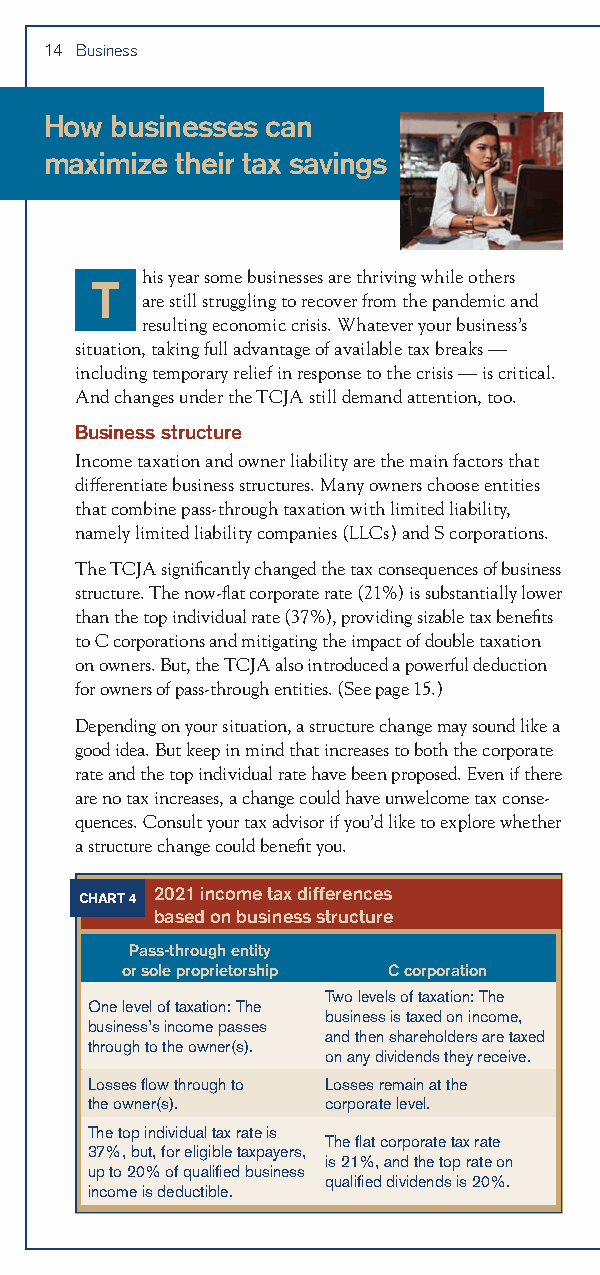
14 Business
 How businesses can
 maximize their tax savings
 his year some businesses are thriving while others
 T
 are still struggling to recover from the pandemic and
 resulting economic crisis. Whatever your business’s
 situation, taking full advantage of available tax breaks —
 including temporary relief in response to the crisis — is critical.
 And changes under the TCJA still demand attention, too.
 Business structure
 Income taxation and owner liability are the main factors that
 differentiate business structures. Many owners choose entities
 that combine pass-through taxation with limited liability,
 namely limited liability companies (LLCs) and S corporations.
 The TCJA significantly changed the tax consequences of business
 structure. The now-flat corporate rate (21%) is substantially lower
 than the top individual rate (37%), providing sizable tax benefits
 to C corporations and mitigating the impact of double taxation
 on owners. But, the TCJA also introduced a powerful deduction
 for owners of pass-through entities. (See page 15.)
 Depending on your situation, a structure change may sound like a
 good idea. But keep in mind that increases to both the corporate
 rate and the top individual rate have been proposed. Even if there
 are no tax increases, a change could have unwelcome tax conse-
 quences. Consult your tax advisor if you’d like to explore whether
 a structure change could benefit you.
 2021 income tax differences
 CHART 4
 based on business structure
 Pass-through entity
 or sole proprietorship C corporation
 Two levels of taxation: The
 One level of taxation: The
 business is taxed on income,
 business’s income passes
 and then shareholders are taxed
 through to the owner(s).
 on any dividends they receive.
 Losses flow through to Losses remain at the
 the owner(s).   corporate level.
 The top individual tax rate is
 The flat corporate tax rate
 37%, but, for eligible taxpayers,
 is 21%, and the top rate on
 up to 20% of qualified business
 qualified dividends is 20%.
 income is deductible.